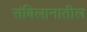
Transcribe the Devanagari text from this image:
संबिलानातील